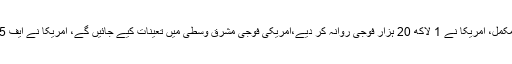
14 مئی2019ء) ایران کیخلاف جنگ کی تیاریاں مکمل، امریکا نے 1 لاکھ 20 ہزار فوجی روانہ کر دیے،امریکی فوجی مشرق وسطیٰ میں تعینات کیے جائیں گے، امریکا نے ایف 15 اورایف 35 جنگی طیارے بھی خلیج پہنچا دیئے۔